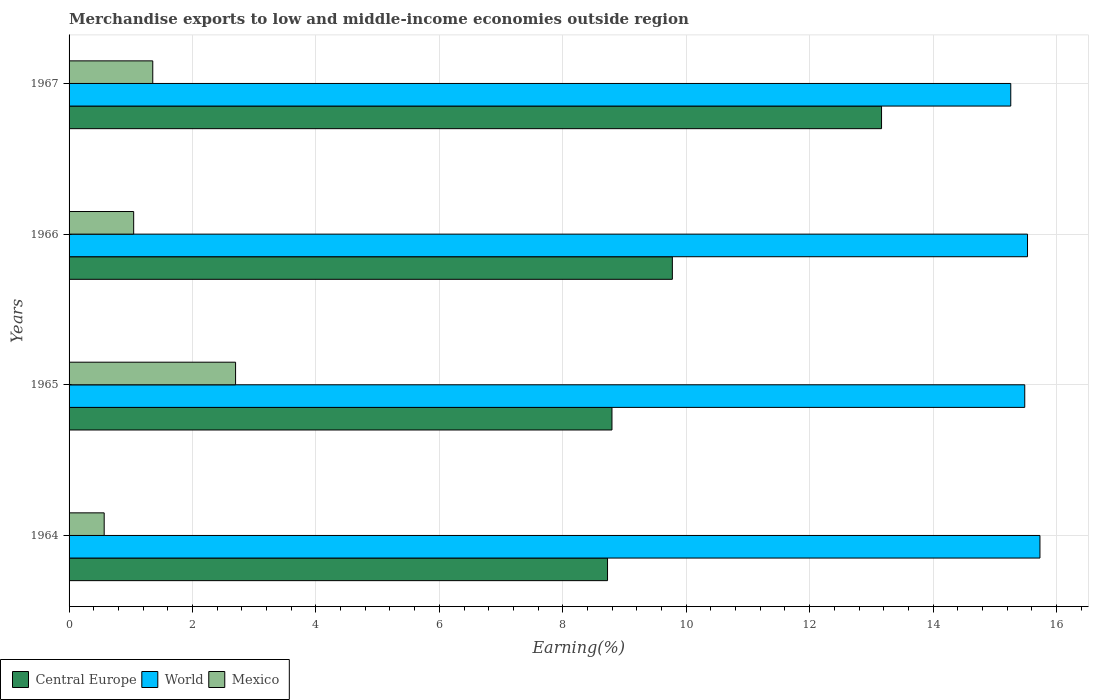
| Years | Central Europe | World | Mexico |
 | --- | --- | --- | --- |
 | 1964 | 8.73 | 15.7 | 0.569 |
 | 1965 | 8.8 | 15.5 | 2.7 |
 | 1966 | 9.78 | 15.5 | 1.05 |
 | 1967 | 13.2 | 15.3 | 1.36 |